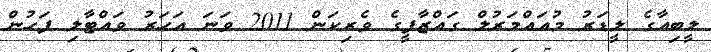
ލީބިއާގެ ލީޑަރު މުއައްމަރުލް ގައްޒާފީގެ ވެރިކަން 2011 ވަނަ އަހަރު ވައްޓާލި ފަހުން